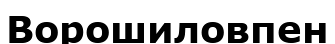
Ворошиловпен